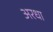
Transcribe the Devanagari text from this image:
अरधा